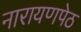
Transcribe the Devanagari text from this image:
नारायणपेठ